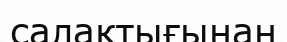
салақтығынан